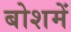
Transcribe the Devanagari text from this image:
बोशमें